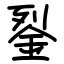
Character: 銐